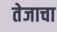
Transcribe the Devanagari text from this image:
तेजाचा